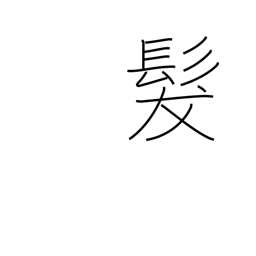
Meaning: hair